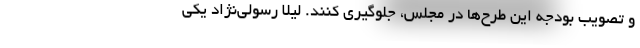
و تصویب بودجه این طرح‌ها در مجلس، جلوگیری کنند. لیلا رسولی‌نژاد یکی